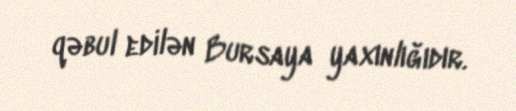
qəbul edilən Bursaya yaxınlığıdır.